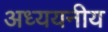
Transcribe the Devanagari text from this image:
अध्ययनीय